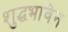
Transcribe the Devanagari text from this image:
शुद्धभावेन